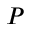
P